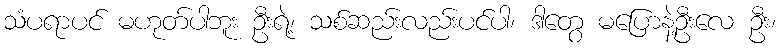
သံပရာပင် မဟုတ်ပါဘူး ဦးရဲ့၊ သစ်ဆည်းလည်းပင်ပါ၊ ဒါတွေ မပြောနဲ့ဦးလေ ဦး၊